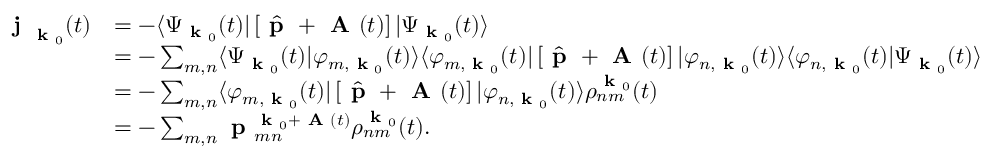
\begin{array} { r l } { \textbf { j } _ { \textbf { k } _ { 0 } } ( t ) } & { = - \langle \Psi _ { \textbf { k } _ { 0 } } ( t ) | \left[ \hat { \textbf { p } } + \textbf { A } ( t ) \right] | \Psi _ { \textbf { k } _ { 0 } } ( t ) \rangle } \\ & { = - \sum _ { m , n } \langle \Psi _ { \textbf { k } _ { 0 } } ( t ) | \varphi _ { m , \textbf { k } _ { 0 } } ( t ) \rangle \langle \varphi _ { m , \textbf { k } _ { 0 } } ( t ) | \left[ \hat { \textbf { p } } + \textbf { A } ( t ) \right] | \varphi _ { n , \textbf { k } _ { 0 } } ( t ) \rangle \langle \varphi _ { n , \textbf { k } _ { 0 } } ( t ) | \Psi _ { \textbf { k } _ { 0 } } ( t ) \rangle } \\ & { = - \sum _ { m , n } \langle \varphi _ { m , \textbf { k } _ { 0 } } ( t ) | \left[ \hat { \textbf { p } } + \textbf { A } ( t ) \right] | \varphi _ { n , \textbf { k } _ { 0 } } ( t ) \rangle \rho _ { n m } ^ { \textbf { k } _ { 0 } } ( t ) } \\ & { = - \sum _ { m , n } \textbf { p } _ { m n } ^ { \textbf { k } _ { 0 } + \textbf { A } ( t ) } \rho _ { n m } ^ { \textbf { k } _ { 0 } } ( t ) . } \end{array}